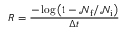
R = \frac { - \log \left( 1 - \mathcal { N } _ { \mathrm { f } } / \mathcal { N } _ { \mathrm { i } } \right) } { \Delta t }